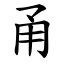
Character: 甬